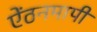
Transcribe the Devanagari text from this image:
ऐंठनमापी